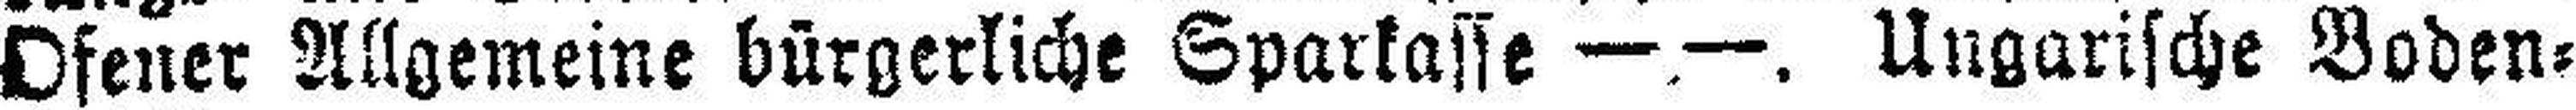
Ofener Allgemeine bürgerliche Sparkasse —.—. Ungarische Boden¬